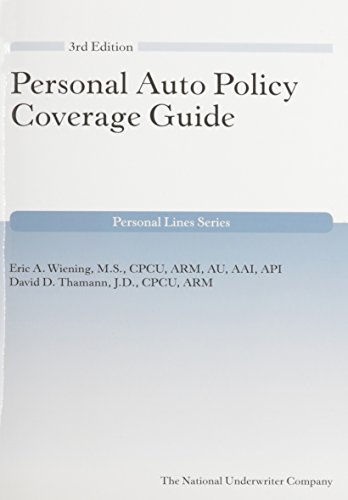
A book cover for Personal Auto Policy Coverage Guide, 3rd Edition (Personal Lines); Eric Wiening; Engineering & Transportation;